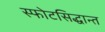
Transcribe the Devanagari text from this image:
स्फोटसिद्धान्त